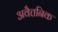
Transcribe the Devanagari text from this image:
अवैत्तनिक